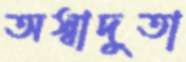
অস্বাদুতা